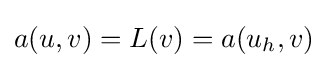
a(u,v)=L(v)=a(u_{h},v)